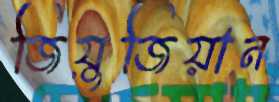
জিয়ুজিয়ান